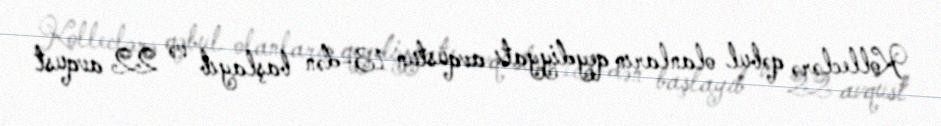
Kolleclərə qəbul olanların qeydiyyatı avqustun 13-dən başlayıb və 22 avqust